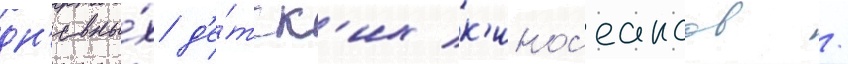
дн'евны́х д'е́тск'их к'инос'еансов /